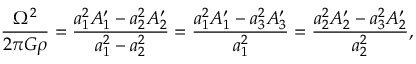
\frac { \Omega ^ { 2 } } { 2 \pi G \rho } = \frac { a _ { 1 } ^ { 2 } A _ { 1 } ^ { \prime } - a _ { 2 } ^ { 2 } A _ { 2 } ^ { \prime } } { a _ { 1 } ^ { 2 } - a _ { 2 } ^ { 2 } } = \frac { a _ { 1 } ^ { 2 } A _ { 1 } ^ { \prime } - a _ { 3 } ^ { 2 } A _ { 3 } ^ { \prime } } { a _ { 1 } ^ { 2 } } = \frac { a _ { 2 } ^ { 2 } A _ { 2 } ^ { \prime } - a _ { 3 } ^ { 2 } A _ { 2 } ^ { \prime } } { a _ { 2 } ^ { 2 } } ,